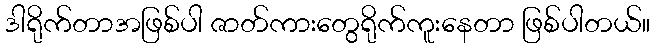
ဒါရိုက်တာအဖြစ်ပါ ဇာတ်ကားတွေရိုက်ကူးနေတာ ဖြစ်ပါတယ်။